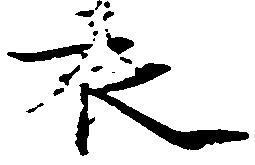
衣